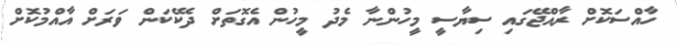
ހާއްސަކޮށް ރާއްޖޭގައި ސިޔާސީ މީހުންނާ މެދު މީހުން އެގޮތަށް ދެކޭކަން ވަރަށް އާއްމުކޮށް